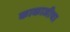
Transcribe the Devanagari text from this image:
काकाजीचा